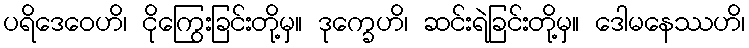
ပရိဒေဝေဟိ၊ ငိုကြွေးခြင်းတို့မှ။ ဒုက္ခေဟိ၊ ဆင်းရဲခြင်းတို့မှ။ ဒေါမနေဿဟိ၊